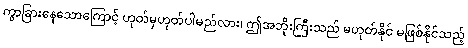
ကွာခြားနေသောကြောင့် ဟုတ်မှဟုတ်ပါမည်လား၊ ဤအဘိုးကြီးသည် မဟုတ်နိုင် မဖြစ်နိုင်သည့်